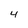
Character: 4